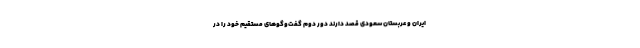
ایران و عربستان سعودی قصد دارند دور دوم گفت‌وگوهای مستقیم خود را در